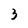
Character: 3